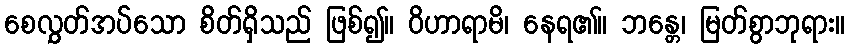
စေလွှတ်အပ်သော စိတ်ရှိသည် ဖြစ်၍။ ဝိဟာရာမိ၊ နေရ၏။ ဘန္တေ၊ မြတ်စွာဘုရား။